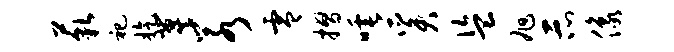
藐祀旋冀若零摺唾奚盗旭示像